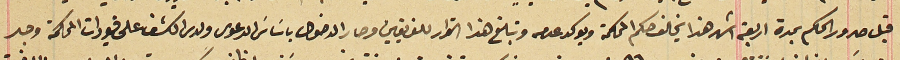
قبل صدور الحكم بمدة اربعة اشهر هذا يخالف حكم المحكمة ويوكد عدمه وتبلغ هذا القرار للفريقين وصار الدخول  باسَاسَ الدعوى ولدى الكشف على قيودات المحكمة وجد